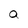
Character: a